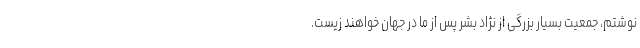
نوشتم، جمعیت بسیار بزرگی از نژاد بشر پس از ما در جهان خواهند زیست.